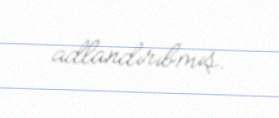
adlandırıbmış.